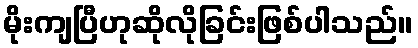
မိုးကျပြီဟုဆိုလိုခြင်းဖြစ်ပါသည်။